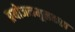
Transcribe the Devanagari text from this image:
प्रयोजनमूलकता